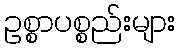
ဥစ္စာပစ္စည်းများ